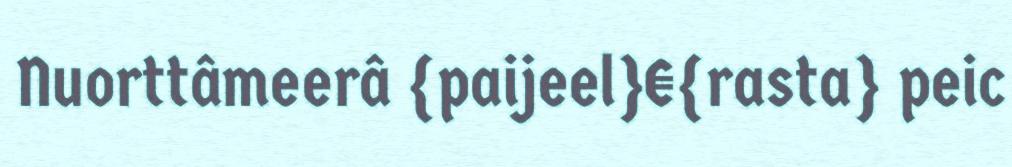
Nuorttâmeerâ {paijeel}€{rasta} peic